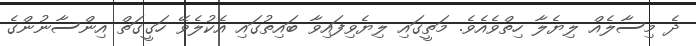
ދެ މިސާލެއް ލިޔެލާ ހިތްވެއެވެ. މަތީގައި ލިޔެވިފައިވާ ބައިތުގައި އެކުލެވޭ ހަގީގަތް އިންސާނުންގެ